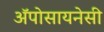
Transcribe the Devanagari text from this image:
अॅपोसायनेसी